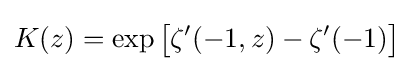
K(z)=\exp {\bigl [}\zeta '(-1,z)-\zeta '(-1){\bigr ]}